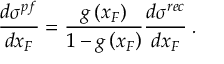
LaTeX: \frac { d \sigma ^ { p f } } { d x _ { F } } = \frac { g \left( x _ { F } \right) } { 1 - g \left( x _ { F } \right) } \frac { d \sigma ^ { r e c } } { d x _ { F } } \: .